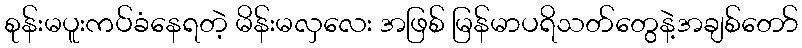
စုန်းမပူးကပ်ခံနေရတဲ့ မိန်းမလှလေး အဖြစ် မြန်မာပရိသတ်တွေနဲ့အချစ်တော်